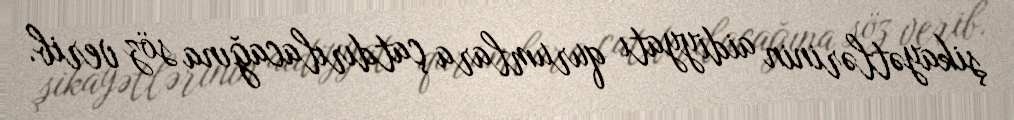
şikayətlərinin aidiyyatı qurumlara çatdırılacağına söz verib.